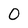
Character: O